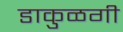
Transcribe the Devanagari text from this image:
डाकुळगी